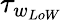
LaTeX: \tau_{w_{LoW}}